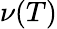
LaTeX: \nu(T)